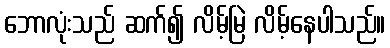
ဘောလုံးသည် ဆက်၍ လိမ့်မြဲ လိမ့်နေပါသည်။